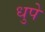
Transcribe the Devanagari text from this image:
धुपे